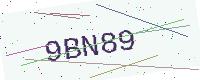
Text: 9BN89